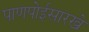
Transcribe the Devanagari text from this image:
पाणपोईसारखे